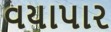
વયાપાર